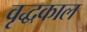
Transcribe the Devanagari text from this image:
वृद्धकाल